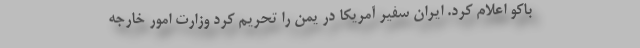
باکو اعلام کرد. ایران سفیر آمریکا در یمن را تحریم کرد وزارت امور خارجه